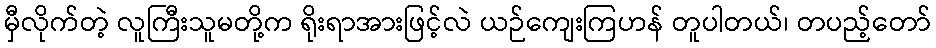
မှီလိုက်တဲ့ လူကြီးသူမတို့က ရိုးရာအားဖြင့်လဲ ယဉ်ကျေးကြဟန် တူပါတယ်၊ တပည့်တော်